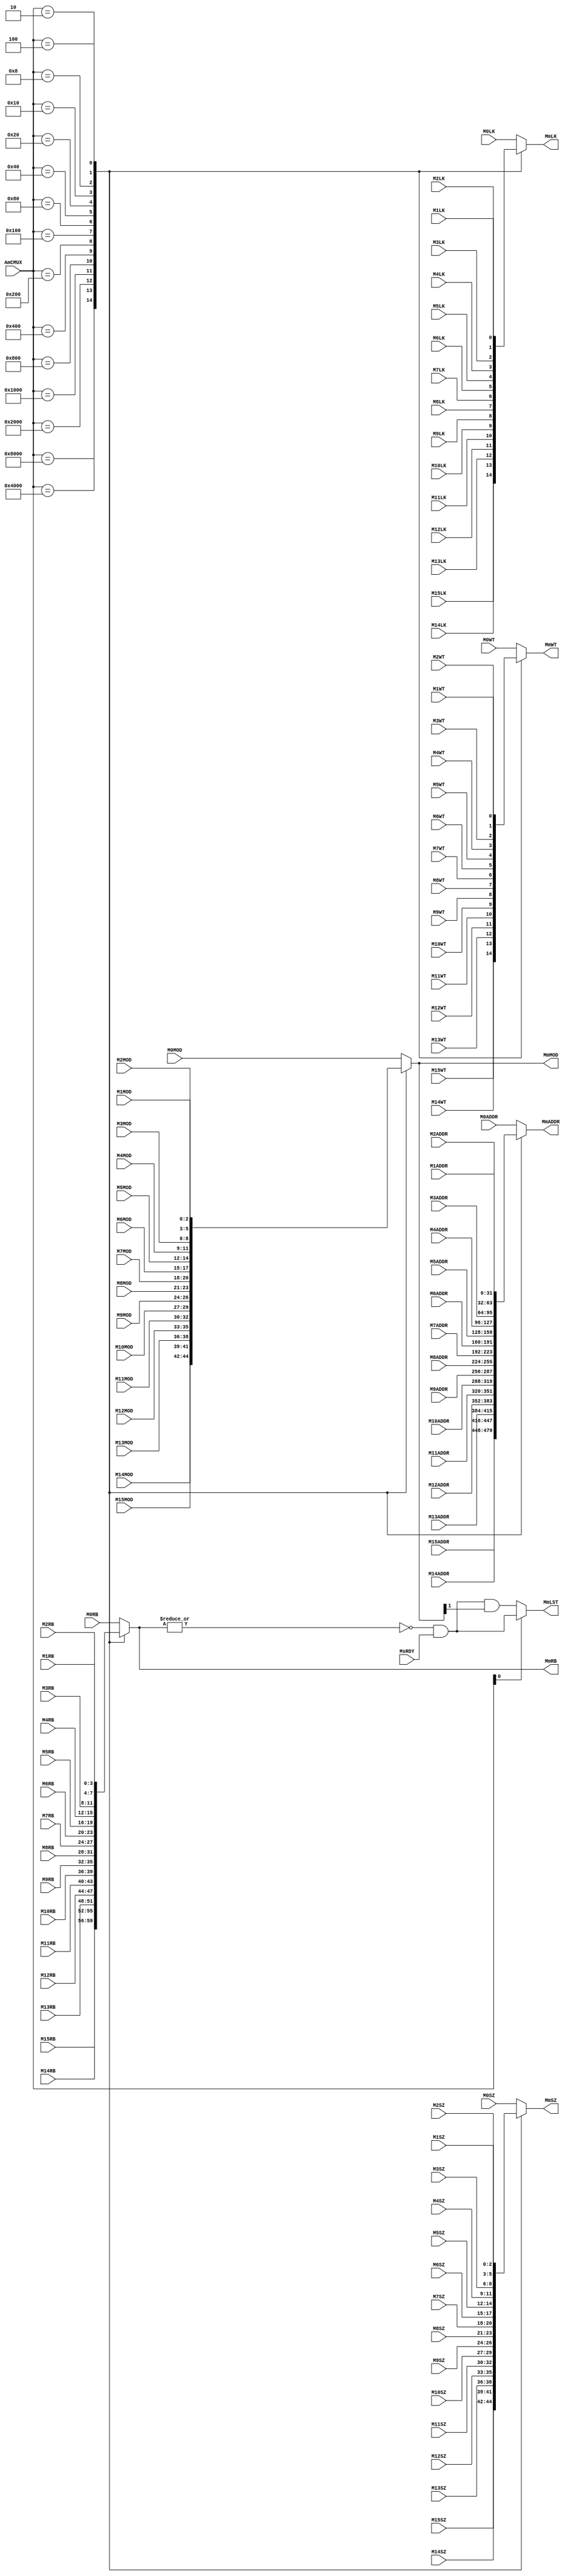
/****************************************************************************
*                                                                           *
*                 Master To Slave Mux(Control Signal Mux)                   *
*                                                                           *
*****************************************************************************/
// 20110715, Jinook Song, MxMOD is modified, 3bits


module CMUX 
(
	input	wire			MsRDY,

	input	wire	     	M0LK,
	input	wire	     	M0WT,
	input	wire	[2:0]	M0SZ,
	input	wire	[3:0]	M0RB,
	input	wire	[2:0]	M0MOD,
	input	wire	[31:0] 	M0ADDR,

	input	wire			M1LK,
	input	wire			M1WT,
	input	wire	[2:0]	M1SZ,
	input	wire	[3:0]	M1RB,
	input	wire	[2:0]	M1MOD,
	input	wire	[31:0] 	M1ADDR,

	input	wire	     	M2LK,
	input	wire	     	M2WT,
	input	wire	[2:0]  	M2SZ,
	input	wire	[3:0]	M2RB,
	input	wire	[2:0]	M2MOD,
	input	wire	[31:0] 	M2ADDR,

	input	wire	     	M3LK,
	input	wire	     	M3WT,
	input	wire	[2:0]  	M3SZ,
	input	wire	[3:0]	M3RB,
	input	wire	[2:0]	M3MOD,
	input	wire	[31:0] 	M3ADDR,

	input	wire	     	M4LK,
	input	wire	     	M4WT,
	input	wire	[2:0]	M4SZ,
	input	wire	[3:0]	M4RB,
	input	wire	[2:0]	M4MOD,
	input	wire	[31:0] 	M4ADDR,

	input	wire	     	M5LK,
	input	wire	     	M5WT,
	input	wire	[2:0]	M5SZ,
	input	wire	[3:0]	M5RB,
	input	wire	[2:0]	M5MOD,
	input	wire	[31:0] 	M5ADDR,

	input	wire	     	M6LK,
	input	wire	     	M6WT,
	input	wire	[2:0]	M6SZ,
	input	wire	[3:0]	M6RB,
	input	wire	[2:0]	M6MOD,
	input	wire	[31:0] 	M6ADDR,

	input	wire	     	M7LK,
	input	wire	     	M7WT,
	input	wire	[2:0]	M7SZ,
	input	wire	[3:0]	M7RB,
	input	wire	[2:0]	M7MOD,
	input	wire	[31:0] 	M7ADDR,

	input	wire	     	M8LK,
	input	wire	     	M8WT,
	input	wire	[2:0]	M8SZ,
	input	wire	[3:0]	M8RB,
	input	wire	[2:0]	M8MOD,
	input	wire	[31:0] 	M8ADDR,

	input	wire	     	M9LK,
	input	wire	     	M9WT,
	input	wire	[2:0]	M9SZ,
	input	wire	[3:0]	M9RB,
	input	wire	[2:0]	M9MOD,
	input	wire	[31:0] 	M9ADDR,

	input	wire	     	M10LK,
	input	wire	     	M10WT,
	input	wire	[2:0]	M10SZ,
	input	wire	[3:0]	M10RB,
	input	wire	[2:0]	M10MOD,
	input	wire	[31:0] 	M10ADDR,

	input	wire	     	M11LK,
	input	wire	     	M11WT,
	input	wire	[2:0]	M11SZ,
	input	wire	[3:0]	M11RB,
	input	wire	[2:0]	M11MOD,
	input	wire	[31:0] 	M11ADDR,

	input	wire	     	M12LK,
	input	wire	     	M12WT,
	input	wire	[2:0]	M12SZ,
	input	wire	[3:0]	M12RB,
	input	wire	[2:0]	M12MOD,
	input	wire	[31:0] 	M12ADDR,

	input	wire	     	M13LK,
	input	wire	     	M13WT,
	input	wire	[2:0]	M13SZ,
	input	wire	[3:0]	M13RB,
	input	wire	[2:0]	M13MOD,
	input	wire	[31:0] 	M13ADDR,

	input	wire	     	M14LK,
	input	wire	     	M14WT,
	input	wire	[2:0]	M14SZ,
	input	wire	[3:0]	M14RB,
	input	wire	[2:0]	M14MOD,
	input	wire	[31:0] 	M14ADDR,

	input	wire	     	M15LK,
	input	wire	     	M15WT,
	input	wire	[2:0]   M15SZ,
	input	wire	[3:0]	M15RB,
	input	wire	[2:0]	M15MOD,
	input	wire	[31:0] 	M15ADDR,



	// Mux Control Signal From Arbiter
	input	wire	[15:0] AmCMUX,

	// Mux Output
	output	reg					MmLK,
	output	reg					MmWT,
	output	reg		[2:0]		MmSZ,
	output	reg		[3:0]		MmRB,
	output	reg					MmLST,
	output	reg		[2:0]		MmMOD,
	output	reg		[31:0]		MmADDR
);	

	always@*
	begin
		case(AmCMUX)				
		16'b1000_0000_0000_0000:    MmLK <= M15LK;
		16'b0100_0000_0000_0000:    MmLK <= M14LK;
		16'b0010_0000_0000_0000:    MmLK <= M13LK;
		16'b0001_0000_0000_0000:    MmLK <= M12LK;
		16'b0000_1000_0000_0000:    MmLK <= M11LK;
		16'b0000_0100_0000_0000:    MmLK <= M10LK;
		16'b0000_0010_0000_0000:    MmLK <= M9LK;
		16'b0000_0001_0000_0000:    MmLK <= M8LK;
		16'b0000_0000_1000_0000:    MmLK <= M7LK;
		16'b0000_0000_0100_0000:    MmLK <= M6LK;
		16'b0000_0000_0010_0000:    MmLK <= M5LK;
		16'b0000_0000_0001_0000:    MmLK <= M4LK;
		16'b0000_0000_0000_1000:    MmLK <= M3LK;
		16'b0000_0000_0000_0100:    MmLK <= M2LK;
		16'b0000_0000_0000_0010:    MmLK <= M1LK; 
		16'b0000_0000_0000_0001:	MmLK <= M0LK; 
		default:					MmLK <= M0LK;		//Default Master : divisible
		endcase
	end

	always@*
	begin
		case(AmCMUX)				
		16'b1000_0000_0000_0000:    MmWT <= M15WT;
		16'b0100_0000_0000_0000:    MmWT <= M14WT;
		16'b0010_0000_0000_0000:    MmWT <= M13WT;
		16'b0001_0000_0000_0000:    MmWT <= M12WT;
		16'b0000_1000_0000_0000:    MmWT <= M11WT;
		16'b0000_0100_0000_0000:    MmWT <= M10WT;
		16'b0000_0010_0000_0000:    MmWT <= M9WT;
		16'b0000_0001_0000_0000:    MmWT <= M8WT;
		16'b0000_0000_1000_0000:    MmWT <= M7WT;
		16'b0000_0000_0100_0000:    MmWT <= M6WT;
		16'b0000_0000_0010_0000:    MmWT <= M5WT;
		16'b0000_0000_0001_0000:    MmWT <= M4WT;
		16'b0000_0000_0000_1000:    MmWT <= M3WT;
		16'b0000_0000_0000_0100:    MmWT <= M2WT;
		16'b0000_0000_0000_0010:    MmWT <= M1WT;
		16'b0000_0000_0000_0001:	MmWT <= M0WT; 
		default:					MmWT <= M0WT;		//Default Master : READ
		endcase
	end

	always@*
	begin
		case(AmCMUX)		
		16'b1000_0000_0000_0000:    MmSZ <= M15SZ;
		16'b0100_0000_0000_0000:    MmSZ <= M14SZ;
		16'b0010_0000_0000_0000:    MmSZ <= M13SZ;
		16'b0001_0000_0000_0000:    MmSZ <= M12SZ;
		16'b0000_1000_0000_0000:    MmSZ <= M11SZ;
		16'b0000_0100_0000_0000:    MmSZ <= M10SZ;
		16'b0000_0010_0000_0000:    MmSZ <= M9SZ;
		16'b0000_0001_0000_0000:    MmSZ <= M8SZ;
		16'b0000_0000_1000_0000:    MmSZ <= M7SZ;
		16'b0000_0000_0100_0000:    MmSZ <= M6SZ;
		16'b0000_0000_0010_0000:    MmSZ <= M5SZ;
		16'b0000_0000_0001_0000:    MmSZ <= M4SZ;
		16'b0000_0000_0000_1000:    MmSZ <= M3SZ;
		16'b0000_0000_0000_0100:    MmSZ <= M2SZ;
		16'b0000_0000_0000_0010:    MmSZ <= M1SZ;
		16'b0000_0000_0000_0001:	MmSZ <= M0SZ; 
		default:					MmSZ <= M0SZ;		//Default Master : BYTE (Smallest)
		endcase
	end

	always@*
	begin
		case(AmCMUX)			
		16'b1000_0000_0000_0000:    MmRB <= M15RB;
		16'b0100_0000_0000_0000:    MmRB <= M14RB;
		16'b0010_0000_0000_0000:    MmRB <= M13RB;
		16'b0001_0000_0000_0000:    MmRB <= M12RB;
		16'b0000_1000_0000_0000:    MmRB <= M11RB;
		16'b0000_0100_0000_0000:    MmRB <= M10RB;
		16'b0000_0010_0000_0000:    MmRB <= M9RB;
		16'b0000_0001_0000_0000:    MmRB <= M8RB;
		16'b0000_0000_1000_0000:    MmRB <= M7RB;
		16'b0000_0000_0100_0000:    MmRB <= M6RB;
		16'b0000_0000_0010_0000:    MmRB <= M5RB;
		16'b0000_0000_0001_0000:    MmRB <= M4RB;
		16'b0000_0000_0000_1000:    MmRB <= M3RB;
		16'b0000_0000_0000_0100:    MmRB <= M2RB;
		16'b0000_0000_0000_0010:    MmRB <= M1RB; 
		16'b0000_0000_0000_0001:	MmRB <= M0RB; 
		default:					MmRB <= M0RB;	 //Default Master : Single Transfer
		endcase
	end

	always@*
	begin
		if(AmCMUX[0])
			MmLST <= ~(|MmRB) & MsRDY;
		else
			 MmLST <= ~(|MmRB) & MsRDY & MmMOD[1];
	end

	always@*
	begin
		case(AmCMUX)	
		16'b1000_0000_0000_0000:    MmMOD <= M15MOD;
		16'b0100_0000_0000_0000:    MmMOD <= M14MOD;
		16'b0010_0000_0000_0000:    MmMOD <= M13MOD;
		16'b0001_0000_0000_0000:    MmMOD <= M12MOD;
		16'b0000_1000_0000_0000:    MmMOD <= M11MOD;
		16'b0000_0100_0000_0000:    MmMOD <= M10MOD;
		16'b0000_0010_0000_0000:    MmMOD <= M9MOD;
		16'b0000_0001_0000_0000:    MmMOD <= M8MOD;
		16'b0000_0000_1000_0000:    MmMOD <= M7MOD;
		16'b0000_0000_0100_0000:    MmMOD <= M6MOD;
		16'b0000_0000_0010_0000:    MmMOD <= M5MOD;
		16'b0000_0000_0001_0000:    MmMOD <= M4MOD;
		16'b0000_0000_0000_1000:    MmMOD <= M3MOD;
		16'b0000_0000_0000_0100:    MmMOD <= M2MOD;
		16'b0000_0000_0000_0010:    MmMOD <= M1MOD; 
		16'b0000_0000_0000_0001:	MmMOD <= M0MOD; 
		default:					MmMOD <= M0MOD;	//Default Master : IDLE 
		endcase
	end

	always@*
	begin
		case(AmCMUX)
		16'b1000_0000_0000_0000:    MmADDR <= M15ADDR;
		16'b0100_0000_0000_0000:    MmADDR <= M14ADDR;
		16'b0010_0000_0000_0000:    MmADDR <= M13ADDR;
		16'b0001_0000_0000_0000:    MmADDR <= M12ADDR;
		16'b0000_1000_0000_0000:    MmADDR <= M11ADDR;
		16'b0000_0100_0000_0000:    MmADDR <= M10ADDR;
		16'b0000_0010_0000_0000:    MmADDR <= M9ADDR;
		16'b0000_0001_0000_0000:    MmADDR <= M8ADDR;
		16'b0000_0000_1000_0000:    MmADDR <= M7ADDR;
		16'b0000_0000_0100_0000:    MmADDR <= M6ADDR;
		16'b0000_0000_0010_0000:    MmADDR <= M5ADDR;
		16'b0000_0000_0001_0000:    MmADDR <= M4ADDR;
		16'b0000_0000_0000_1000:    MmADDR <= M3ADDR;
		16'b0000_0000_0000_0100:    MmADDR <= M2ADDR;
		16'b0000_0000_0000_0010:    MmADDR <= M1ADDR; 
		16'b0000_0000_0000_0001:	MmADDR <= M0ADDR; 
		default:					MmADDR <= M0ADDR;	//Default Master : Any Address
		endcase
	end
endmodule